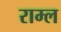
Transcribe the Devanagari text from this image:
राम्ल